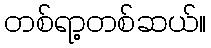
တစ်ရာ့တစ်ဆယ်။